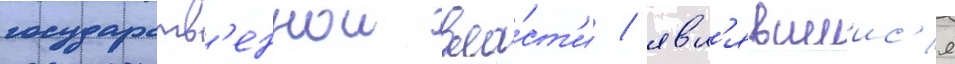
государств'еннои вла́ст'и / явл'явшиис'я